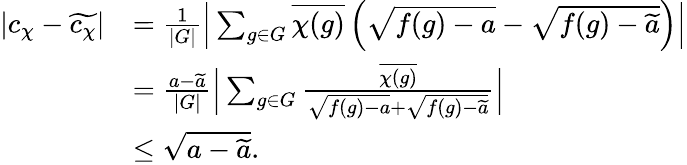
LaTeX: \begin{array}{rl}{|c_{\chi}-\widetilde{c_{\chi}}|}&{=\frac{1}{|G|}\Big\lvert\sum_{g\in G}\overline{{\chi(g)}}\left(\sqrt{f(g)-a}-\sqrt{f(g)-\widetilde{a}}\right)\Big\rvert}\\ &{=\frac{a-\widetilde{a}}{|G|}\Big\lvert\sum_{g\in G}\frac{\overline{{\chi(g)}}}{\sqrt{f(g)-a}+\sqrt{f(g)-\widetilde{a}}}\Big\rvert}\\ &{\le\sqrt{a-\widetilde{a}}.}\end{array}